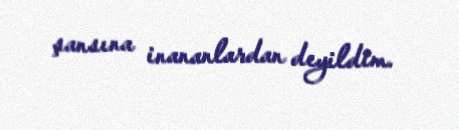
şansına inananlardan deyildim.